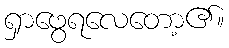
ရှာဖွေရလေတော့၏။